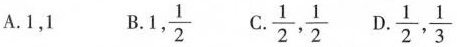
A.1，1 B. 1, \frac{1}{2} C. \frac{1}{2}, \frac{1}{2} D.\frac{1}{2}, \frac{1}{3}